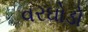
વરઘોડો